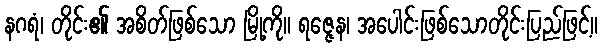
နဂရံ၊ တိုင်း၏ အစိတ်ဖြစ်သော မြို့ကို။ ရဇ္ဇေန၊ အပေါင်းဖြစ်သောတိုင်းပြည်ဖြင့်။